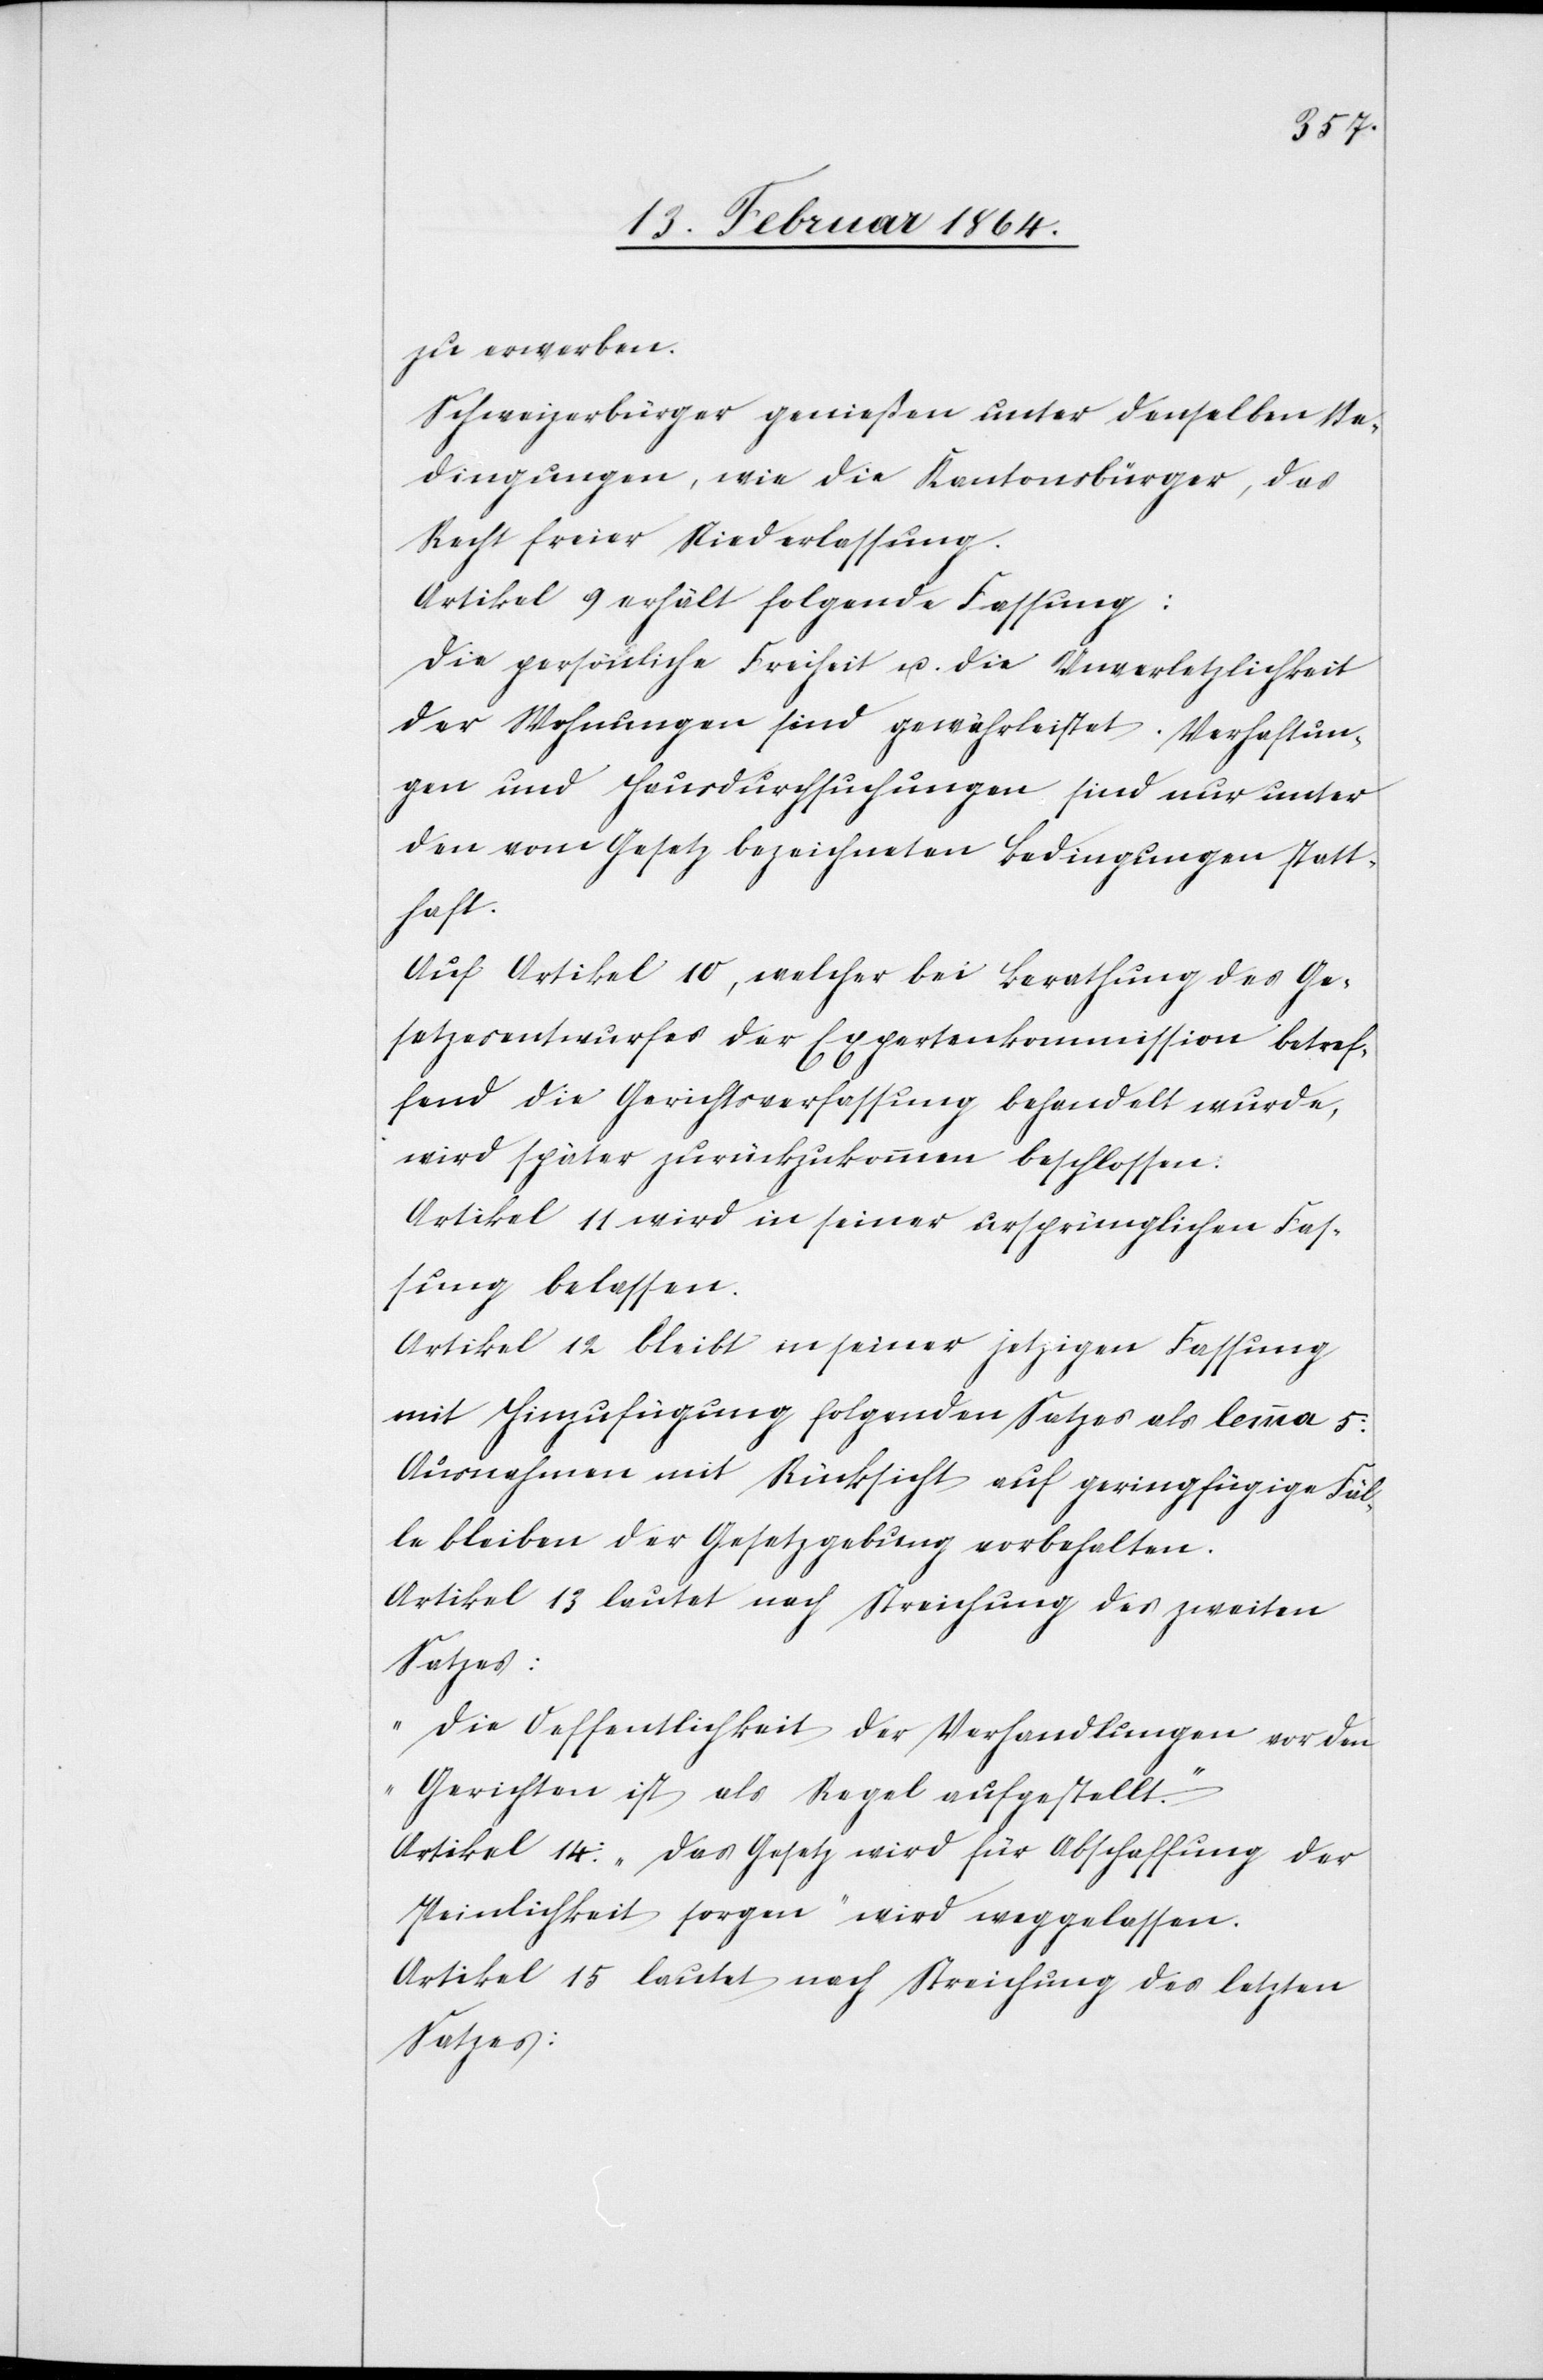
zu erwerben.
Schweizerbürger genießen unter denselben Be¬
dingungen, wie die Kantonsbürger, das
Recht freier Niederlassung.
Artikel 9 erhält folgende Fassung:
Die persönliche Freiheit u. die Unverletzlichkeit
der Wohnungen sind gewährleistet. Verhaftun¬
gen und Hausdurchsuchungen sind nur unter
den vom Gesetz bezeichneten Bedingungen statt¬
haft.
Auf Artikel 10, welcher bei Berathung des Ge¬
setzesentwurfes der Expertenkommission betref¬
fend die Gerichtsverfassung behandelt wurde,
wird später zurückzukommen beschlossen:
Artikel 12 bleibt in seiner jetzigen Fassung
mit Hinzufügung folgenden Satzes als lemma 5:
Ausnahmen mit Rücksicht auf geringfügige Fäl¬
le bleiben der Gesetzgebung vorbehalten.
Artikel 13 lautet nach Streichung des zweiten
Satzes:
„Die Oeffentlichkeit der Verhandlungen vor den
Gerichten ist als Regel aufgestellt.“
Artikel 14: „Das Gesetz wird für Abschaffung der
Peinlichkeit sorgen“ wird weggelassen.
Artikel 15 lautet nach Streichung des letzten
Satzes: